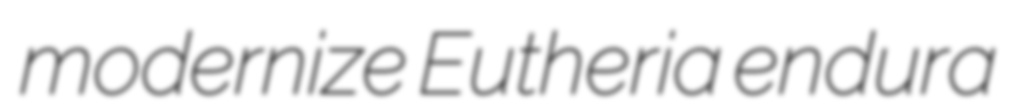
modernize Eutheria endura